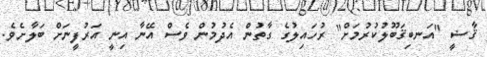
ޤާޟީ "އަނބިޤަބޫލުކުރުމަށް" ރުހައިލުގެ ގާތުން އެދުމުން ވެސް އޭނާ އިނީ އަރުފީނަށް ބަލާށެވެ.